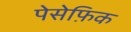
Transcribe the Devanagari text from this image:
पेसेफ़िक